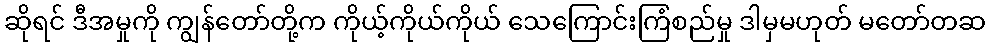
ဆိုရင် ဒီအမှုကို ကျွန်တော်တို့က ကိုယ့်ကိုယ်ကိုယ် သေကြောင်းကြံစည်မှု ဒါမှမဟုတ် မတော်တဆ